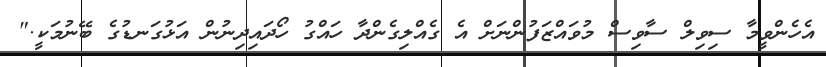
އެހެންވީމާ ސިވިލް ސާވިސް މުވައްޒަފުންނަށް އެ ގެއްލިގެންދާ ހައްގު ހޯދައިދިނުން އަޅުގަނޑުގެ ބޭނުމަކީ."